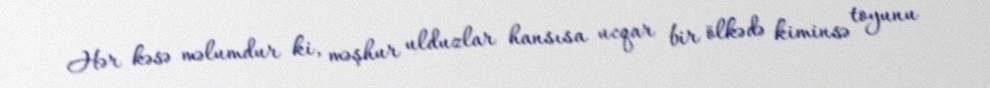
Hər kəsə məlumdur ki, məşhur ulduzlar hansısa ucqar bir ölkədə kiminsə toyunu